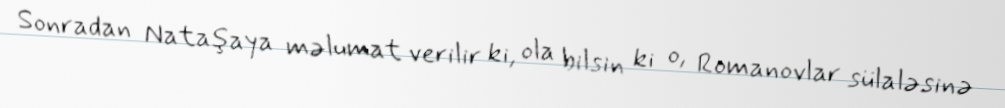
Sonradan Nataşaya məlumat verilir ki, ola bilsin ki o, Romanovlar sülaləsinə